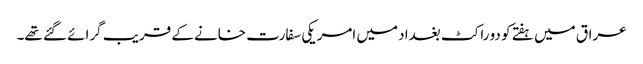
عراق میں ہفتے کو دو راکٹ بغداد میں امریکی سفارت خانے کے قریب گرائے گئے تھے۔